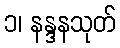
၁၊ နန္ဒနသုတ်